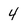
Character: 4